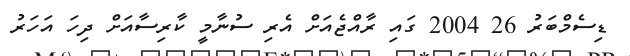
ޑިސެމްބަރު 26 2004 ގައި ރާއްޖެއަށް އެރި ސުނާމީ ކާރިސާއަށް ދިހަ އަހަރު